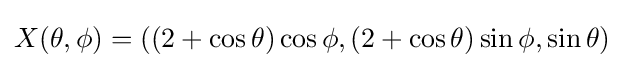
X(\theta ,\phi )=((2+\cos \theta )\cos \phi ,(2+\cos \theta )\sin \phi ,\sin \theta )